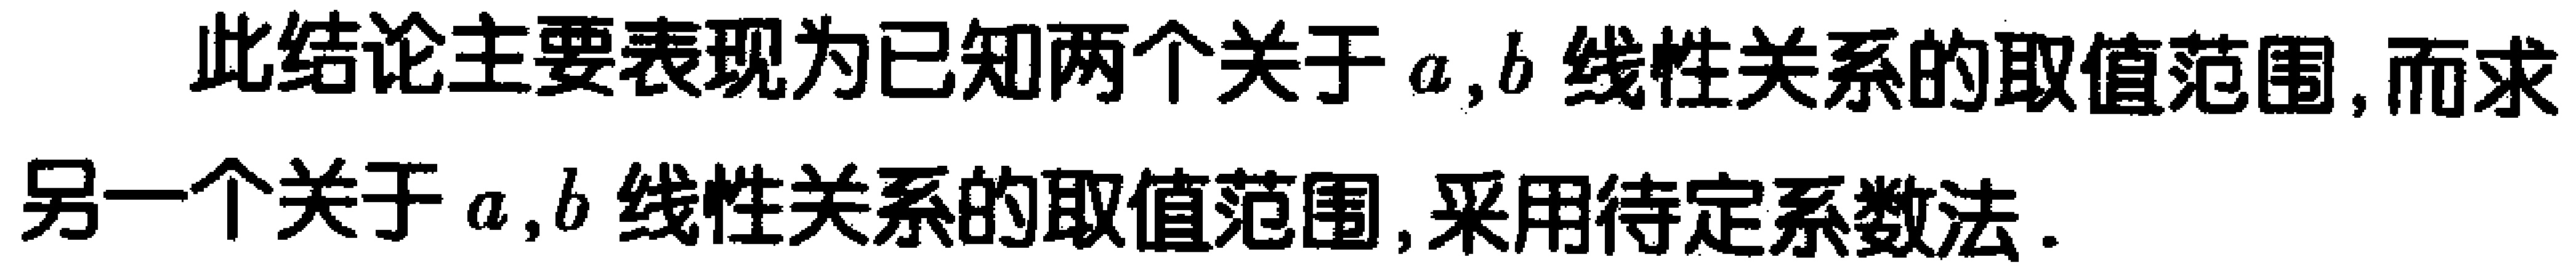
此结论主要表现为已知两个关于 \(a,b\) 线性关系的取值范围, 而求另一个关于 \(a,b\) 线性关系的取值范围, 采用待定系数法.